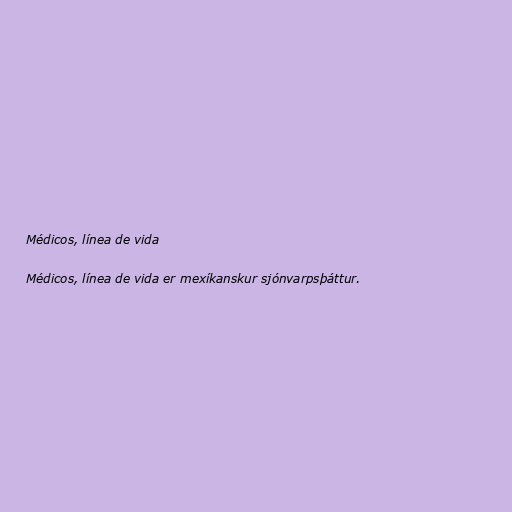
Médicos, línea de vida

Médicos, línea de vida er mexíkanskur sjónvarpsþáttur.